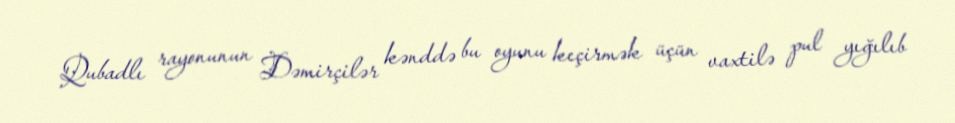
Qubadlı rayonunun Dəmirçilər kənddə bu oyunu keçirmək üçün vaxtilə pul yığılıb